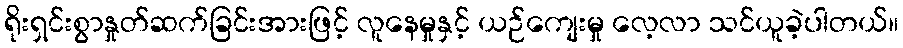
ရိုးရှင်းစွာနှုတ်ဆက်ခြင်းအားဖြင့် လူနေမှုနှင့် ယဉ်ကျေးမှု လေ့လာ သင်ယူခဲ့ပါတယ်။